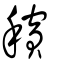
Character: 穦